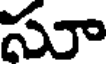
సూ